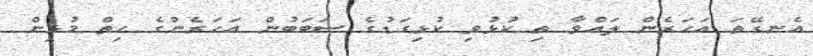
އެނގޭތަ އަހަރެން ލައްވާ ތި ކުޅުވި ކުޅިގަޑުގެ ސަބަބުން އަހަރެންގެ ހިތް މުޅިން